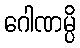
ဂေါဏမ္ပိ